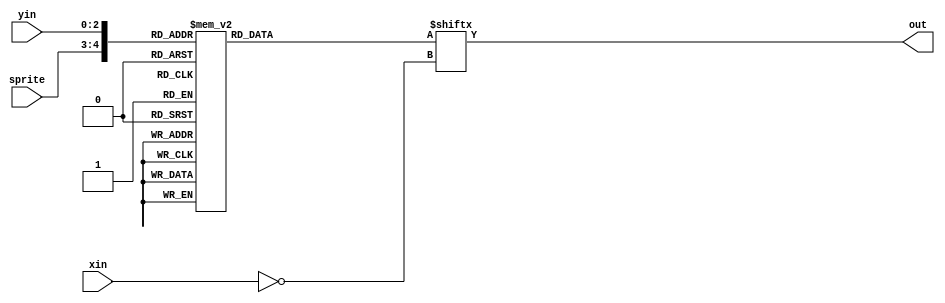
module pelletBitmap(sprite, yin, xin, out);
  
  input [1:0] sprite;
  input [2:0] yin;
  input [2:0] xin;
  
  output out;
  assign out = bits[~xin];
  
  reg [7:0] bits;
  
  always @(*)
    case ({sprite, yin})/*{w:8,h:8,count:2}*/
      5'o10: bits = 8'b0;
      5'o11: bits = 8'b0;
      5'o12: bits = 8'b0;
      5'o13: bits = 8'b11000;
      5'o14: bits = 8'b11000;
      5'o15: bits = 8'b0;
      5'o16: bits = 8'b0;
      5'o17: bits = 8'b0;
     
      5'o30: bits = 8'b0;
      5'o31: bits = 8'b11000;
      5'o32: bits = 8'b111100;
      5'o33: bits = 8'b1111110;
      5'o34: bits = 8'b1111110;
      5'o35: bits = 8'b111100;
      5'o36: bits = 8'b11000;
      5'o37: bits = 8'b0;

      default: bits = 0;
    endcase
endmodule